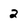
Character: 2